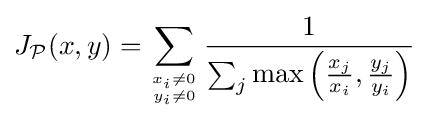
J_{\mathcal {P}}(x,y)=\sum _{x_{i}\neq 0 \atop y_{i}\neq 0}{\frac {1}{\sum _{j}\max \left({\frac {x_{j}}{x_{i}}},{\frac {y_{j}}{y_{i}}}\right)}}